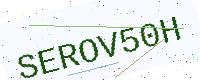
Text: SEROV50H